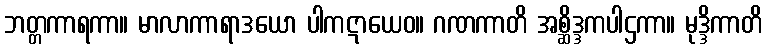
ဘတ္တကာရကာ။ မာလာကာရာဒယော ပါကဋာယေဝ။ ဂဏကာတိ အစ္ဆိဒ္ဒကပါဌကာ။ မုဒ္ဒိကာတိ